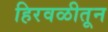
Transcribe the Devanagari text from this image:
हिरवळीतून